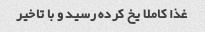
غذا کاملا یخ کرده رسید و‌ با تاخیر